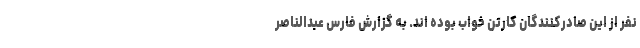
نفر از این صادرکنندگان کارتن خواب بوده اند. به گزارش فارس عبدالناصر